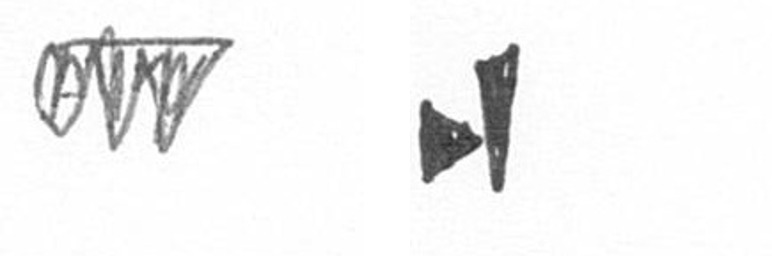
L M